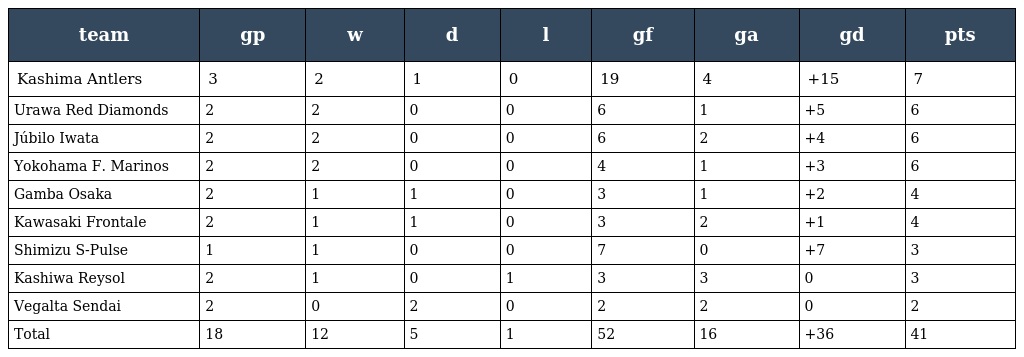
| team | gp | w | d | l | gf | ga | gd | pts |
 | --- | --- | --- | --- | --- | --- | --- | --- | --- |
 | Kashima Antlers | 3 | 2 | 1 | 0 | 19 | 4 | +15 | 7 |
 | Urawa Red Diamonds | 2 | 2 | 0 | 0 | 6 | 1 | +5 | 6 |
 | Júbilo Iwata | 2 | 2 | 0 | 0 | 6 | 2 | +4 | 6 |
 | Yokohama F. Marinos | 2 | 2 | 0 | 0 | 4 | 1 | +3 | 6 |
 | Gamba Osaka | 2 | 1 | 1 | 0 | 3 | 1 | +2 | 4 |
 | Kawasaki Frontale | 2 | 1 | 1 | 0 | 3 | 2 | +1 | 4 |
 | Shimizu S-Pulse | 1 | 1 | 0 | 0 | 7 | 0 | +7 | 3 |
 | Kashiwa Reysol | 2 | 1 | 0 | 1 | 3 | 3 | 0 | 3 |
 | Vegalta Sendai | 2 | 0 | 2 | 0 | 2 | 2 | 0 | 2 |
 | Total | 18 | 12 | 5 | 1 | 52 | 16 | +36 | 41 |